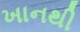
ખાનથી